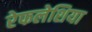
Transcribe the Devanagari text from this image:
रेफलेशिया